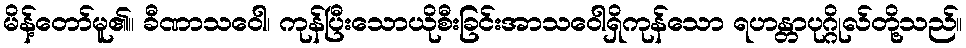
မိန့်တော်မူ၏။ ခီဏာသဝေါ၊ ကုန်ပြီးသောယိုစီးခြင်းအာသဝေါရှိကုန်သော ရဟန္တာပုဂ္ဂိုလ်တို့သည်။